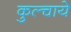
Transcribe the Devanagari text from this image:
कुल्चाये